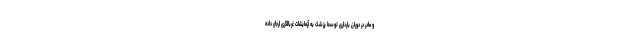
و مادر در دوران بارداری توسط پزشک به آزمایشات غربالگری ارجاع داده